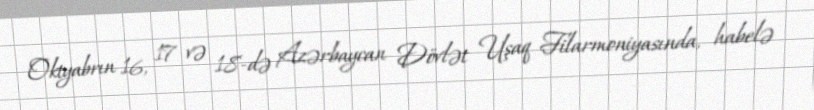
Oktyabrın 16, 17 və 18-də Azərbaycan Dövlət Uşaq Filarmoniyasında, habelə